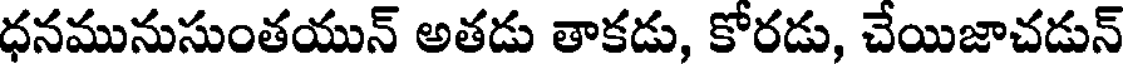
ధనమునుసుంతయున్ అతడు తాకడు, కోరడు, చేయిజాచడున్